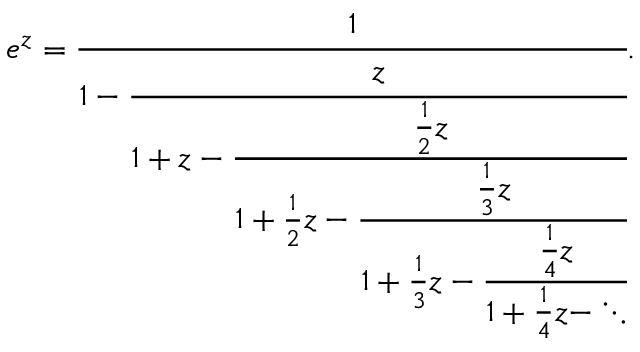
e ^ { z } = { \cfrac { 1 } { 1 - { \cfrac { z } { 1 + z - { \cfrac { { \frac { 1 } { 2 } } z } { 1 + { \frac { 1 } { 2 } } z - { \cfrac { { \frac { 1 } { 3 } } z } { 1 + { \frac { 1 } { 3 } } z - { \cfrac { { \frac { 1 } { 4 } } z } { 1 + { \frac { 1 } { 4 } } z - \ddots } } } } } } } } } } .